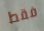
فقط